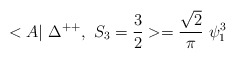
\begin{align*}<A|~\Delta^{++},~ S_3=\frac{3}{2} >= \frac{\sqrt{2}}{\pi} ~\psi_1^3\end{align*}